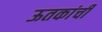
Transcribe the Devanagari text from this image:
ऊतकांची